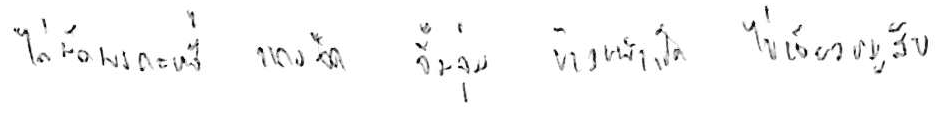
ไก่ผัดผงกะหรี่ แกงจืด จิ้มจุ่ม ข้าวหน้าเป็ด ไข่เจียวหมูสับ